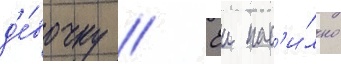
д'е́вочку // Еи нас'и́льно